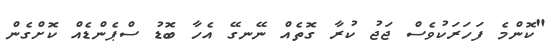
"ކޮންމެ ފަހަރަކުވެސް ޖަޖު ކުރާ ގޮތެއް ނޭނގޭ އެހާ ބޮޑު ސްޕެންޑެއް ކޮށްގެން